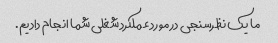
ما یک نظرسنجی در مورد عملکرد شغلی شما انجام دادیم.